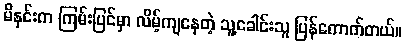
မိနှင်းက ကြမ်းပြင်မှာ လိမ့်ကျနေတဲ့ သူ့ခေါင်းသူ ပြန်ကောက်တယ်။